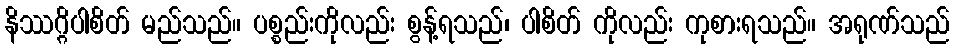
နိဿဂ္ဂိပါစိတ် မည်သည်။ ပစ္စည်းကိုလည်း စွန့်ရသည်၊ ပါစိတ် ကိုလည်း ကုစားရသည်။ အရုဏ်သည်